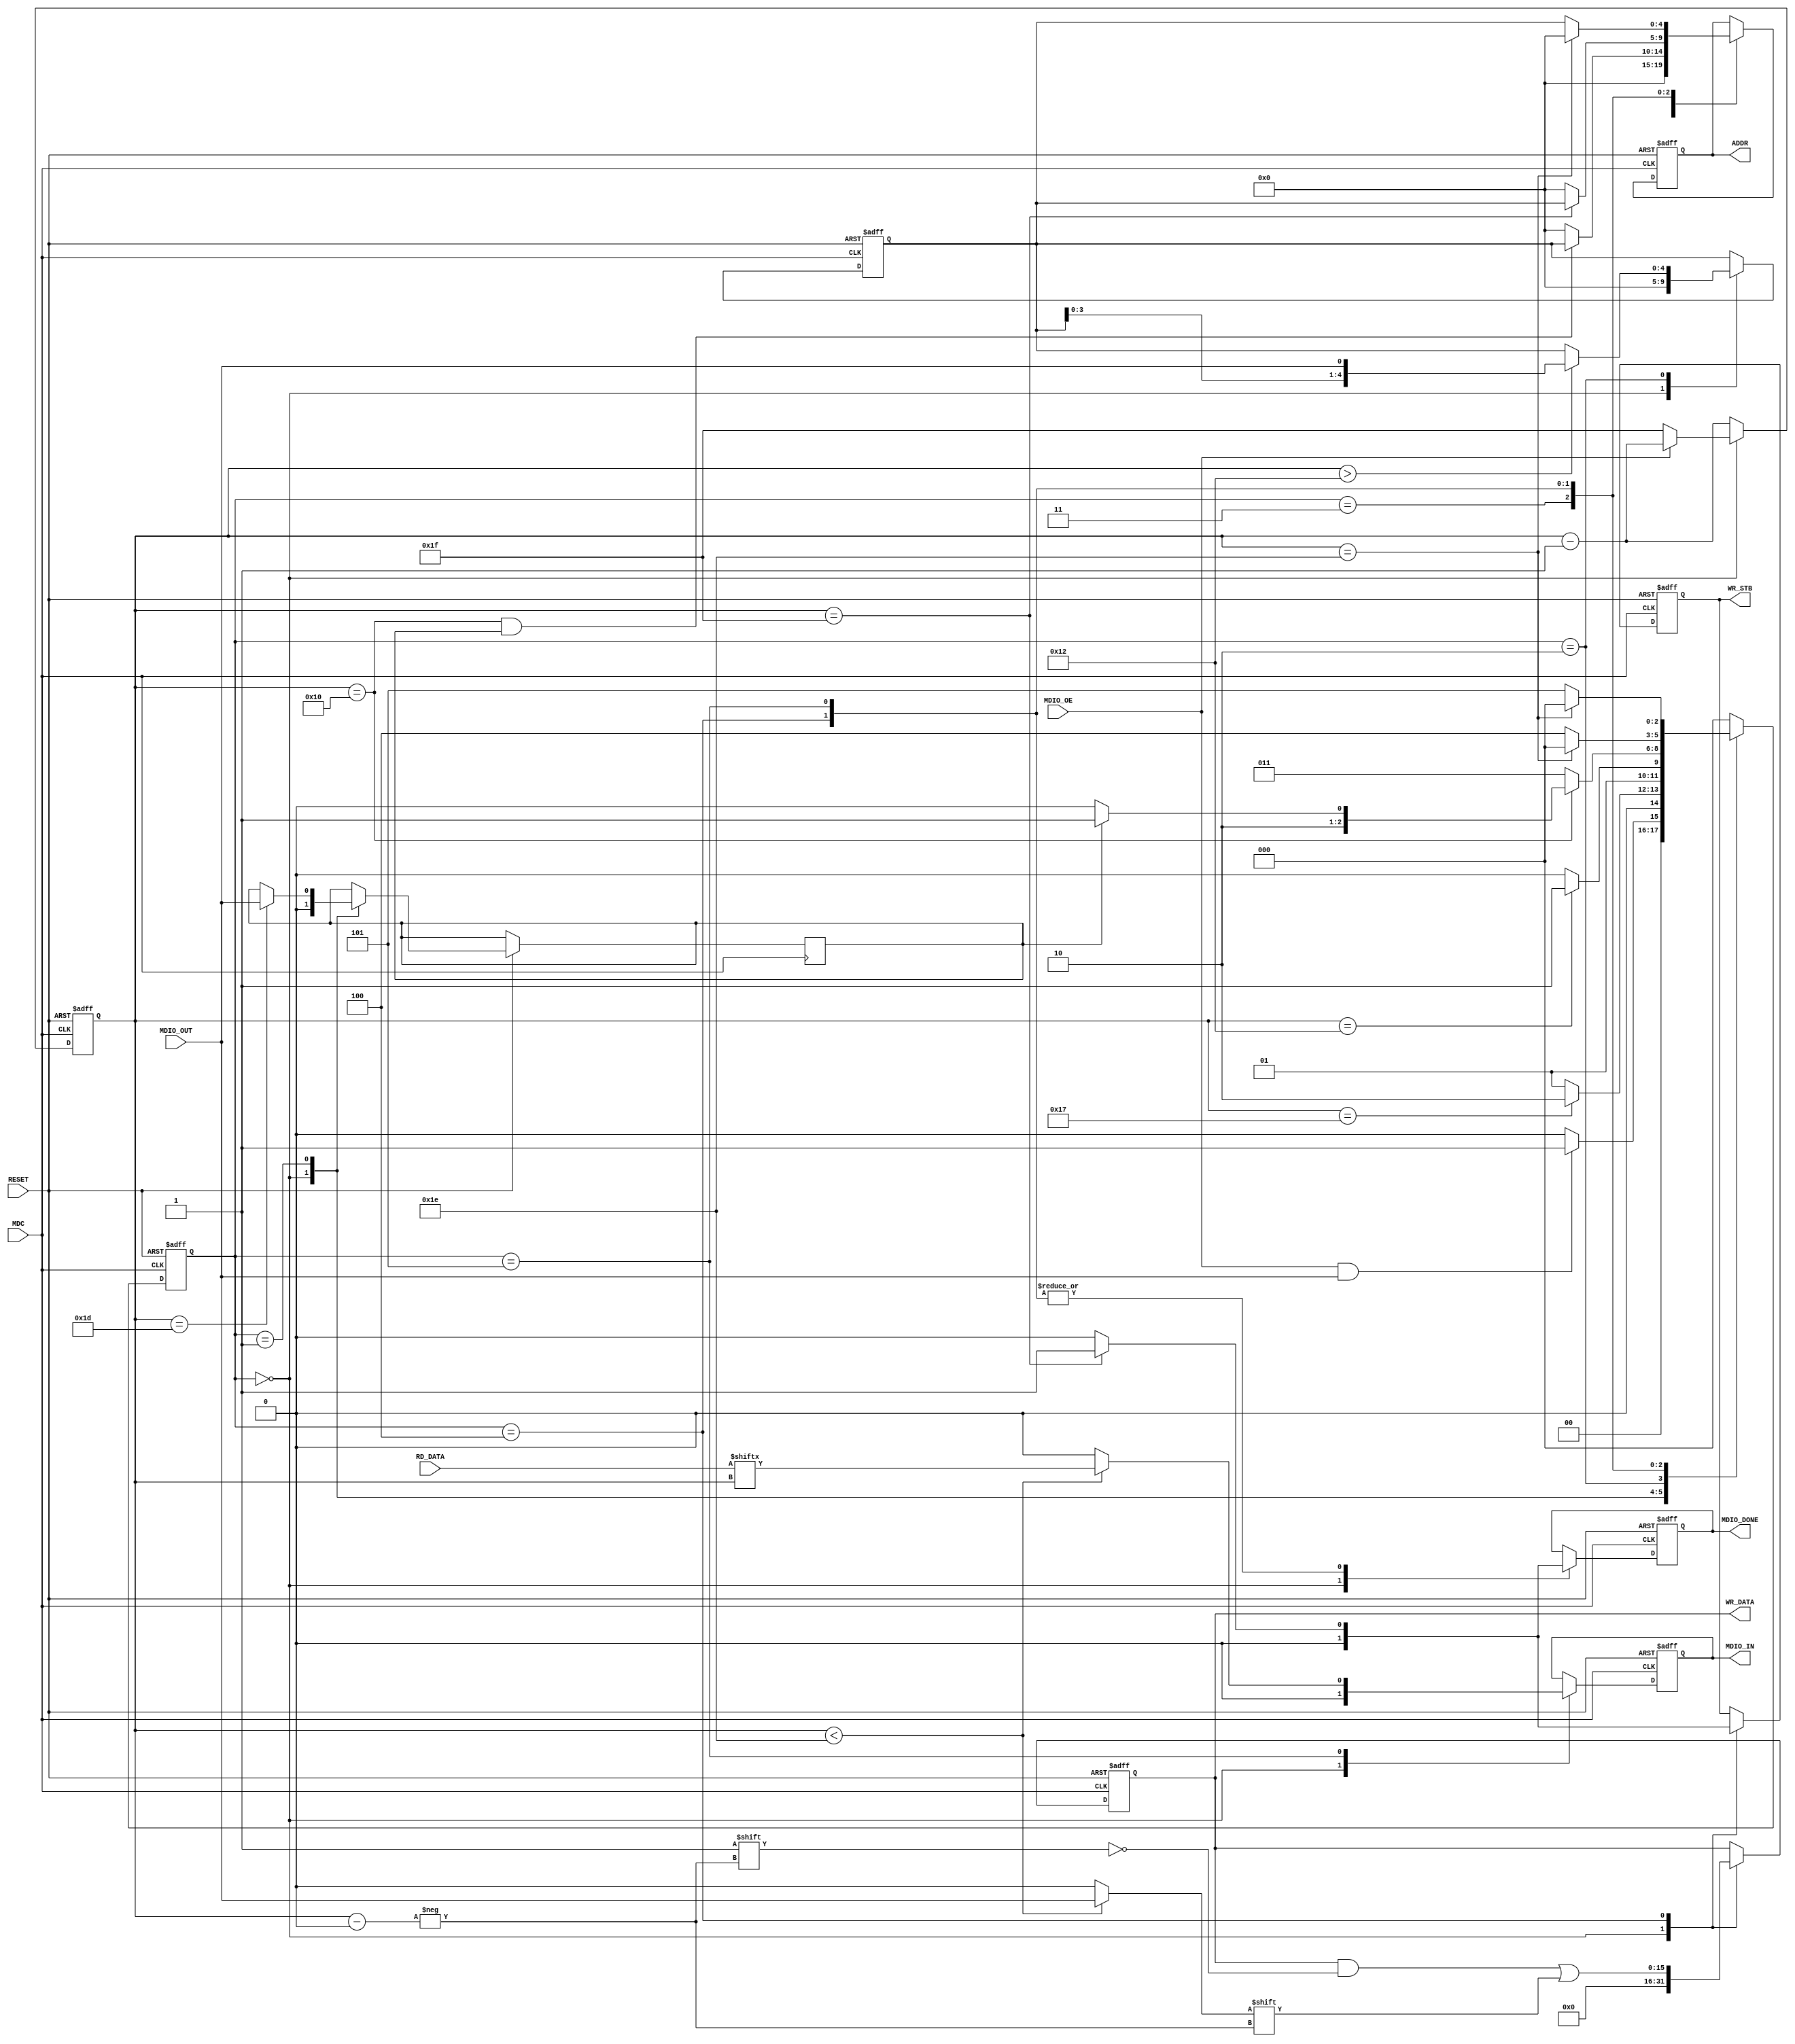
/************************************************************
                    Universidad de Costa Rica
                 Escuela de Ingenieria Electrica
                            IE0523
                   Circuitos Digitales 2

                        peripheral.v

Autores: 
        Brenda Romero Solano  brenda.romero@ucr.ac.cr

Fecha: 30/6/2024
    
*********************************************************** */ 


//! @title Perifrico MDIO
/**
 * El mdulo peripheral es un mdulo en Verilog que implementa la comunicacin con un dispositivo perifrico.
 * Este implementa diferentes estados para manejar las operaciones de lectura y escritura. El mdulo utiliza registros
 * y lgica de control para gestionar la transicin entre los diferentes estados y realizar las operaciones correspondientes.
 * Tambin se utiliza un contador de bits para rastrear el progreso de la transmisin de datos.
 */
module peripheral (
    input wire RESET,           // Seal de RESET
    input wire [15:0] RD_DATA,  // Datos MDIO ledos
    input wire MDC,             // Seal de reloj del protocolo MDIO
    input wire MDIO_OE,         // Seal de habilitacin de salida MDIO_OUT
    input wire MDIO_OUT,        // Seal de datos MDIO enviados
    output reg [4:0] ADDR,      // Direccin de registro
    output reg [15:0] WR_DATA,  // Datos de escritura
    output reg MDIO_DONE,       // Seal de finalizacin de transaccin MDIO
    output reg WR_STB,          // Seal de escritura
    output reg MDIO_IN          // Datos MDIO recibidos de phy
);

// Estados del controlador MDIO
localparam IDLE = 0,          // Espera una transaccin MDIO.
           OP_CODE = 1,       // Determina si la operacin es lectura (10) o escritura (01).
           REG_ADDR = 2,      // Carga la direccin del registro en address_reg.
           TURNAROUND = 3,    // Espera cambio de control del bus.
           WRITE_DATA = 4,    // Enva los datos seriales (en escritura).
           READ_DATA = 5;     // Recibe los datos seriales (en lectura).

// Variables de control del estado
reg [4:0] bit_cnt;     // Contador para el seguimiento de bits
reg [2:0] state;       // Estado actual del controlador MDIO
reg op_bit;            // Bit de operacin capturado
reg [4:0] reg_addr;    // Direccin capturada

// Lgica de control de estado
always @(posedge MDC or negedge RESET) begin
    if (~RESET) begin
        ADDR <= 5'd0;
        WR_DATA <= 16'd0;
        MDIO_DONE <= 0;
        WR_STB  <= 0;
        MDIO_IN <= 0;
        bit_cnt <= 5'd31;
        state <= IDLE;
        reg_addr <= 5'd0;
    end else begin

        // Lgica de transicin de estado
        case (state)
        IDLE: begin
            ADDR <= 5'd0;
            WR_DATA <= 16'd0;
            MDIO_DONE <= 0;
            WR_STB  <= 0;
            MDIO_IN <= 0;
            reg_addr <= 5'd0;
            op_bit <= 0;
            state <= MDIO_OE && MDIO_OUT ? OP_CODE: IDLE;
        end 
        OP_CODE: begin
            op_bit <= bit_cnt == 29 ? MDIO_OUT: op_bit ;
            state <= bit_cnt == 23? REG_ADDR: OP_CODE;
        end
        REG_ADDR: begin
            reg_addr <= bit_cnt > 18? {reg_addr[3:0], MDIO_OUT}: reg_addr; 
            state <= bit_cnt == 18? TURNAROUND : REG_ADDR;
        end
        TURNAROUND: begin
            state <= bit_cnt == 16 ? op_bit? READ_DATA: WRITE_DATA: TURNAROUND; 
            ADDR  <= bit_cnt == 16 && op_bit ? reg_addr: 5'd0;
        end
        WRITE_DATA: begin
            WR_DATA[bit_cnt] <= bit_cnt < 30 ?  MDIO_OUT:0;
            WR_STB  <= bit_cnt == 31 ? 1: 0;
            MDIO_DONE <= bit_cnt == 31 ? 1: 0;
            ADDR  <= bit_cnt == 31? reg_addr: 5'd0;
            state <= bit_cnt == 30 ? IDLE: WRITE_DATA;
        end
        READ_DATA: begin
            MDIO_DONE <= bit_cnt == 31 ? 1: 0;
            MDIO_IN <=  bit_cnt < 30 ? RD_DATA[bit_cnt]: 0;
            ADDR  <= bit_cnt == 30? 5'd0 : reg_addr;
            state <= bit_cnt == 30 ? IDLE: READ_DATA;
        end
        default : state <= IDLE;
        endcase
        bit_cnt <= state == IDLE ? ~MDIO_OE ? 5'd31 : bit_cnt - 1: bit_cnt - 1;
    end
end

endmodule